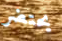
يحتضر